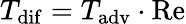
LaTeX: T_{\mathrm{dif}}=T_{\mathrm{adv}}\cdot\mathrm{Re}